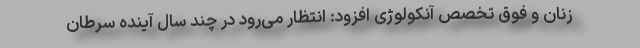
زنان و فوق تخصص آنکولوژی افزود: انتظار می‌رود در چند سال آینده سرطان